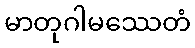
မာတုဂါမဿေတံ